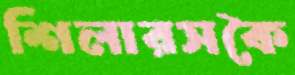
শিলারসকৈ